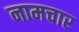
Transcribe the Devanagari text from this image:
नामचार